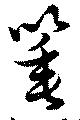
箠